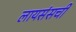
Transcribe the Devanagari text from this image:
लायसंसची